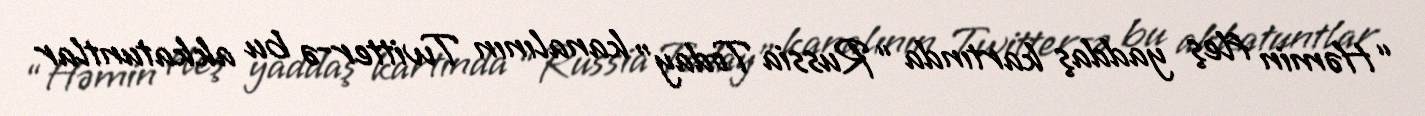
“Həmin fleş yaddaş kartında “Russia Today” kanalının Twitter-ə bu akkatuntlar